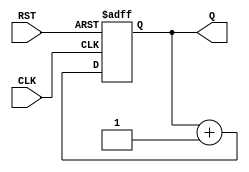
module async_reset_sync_counter #(
    parameter N = 4  // Parameter for counter width (number of bits)
)(
    input wire CLK,   // Clock input
    input wire RST,   // Asynchronous reset input
    output reg [N-1:0] Q  // Counter output
);

// Asynchronous reset and synchronous counting
always @(posedge CLK or posedge RST) begin
    if (RST) begin
        Q <= 0;  // Reset the counter to zero
    end else begin
        Q <= Q + 1;  // Increment the counter on the clock's rising edge
    end
end

endmodule